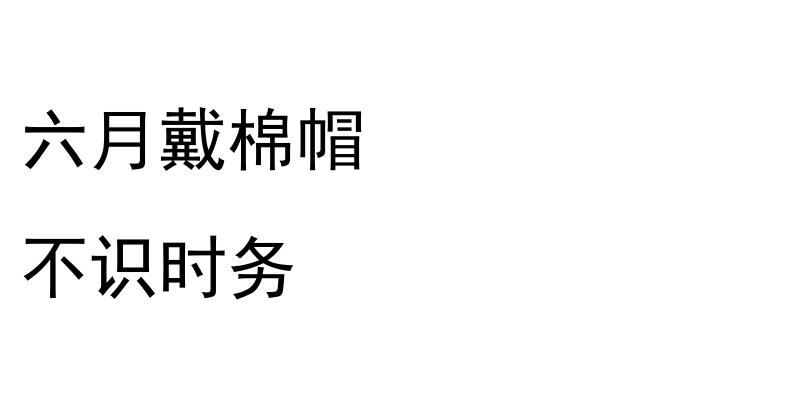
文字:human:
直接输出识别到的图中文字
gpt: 六月戴棉帽 不识时务